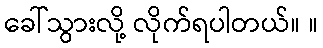
ခေါ်သွားလို့ လိုက်ရပါတယ်။ ။